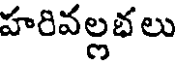
హరివల్లభలు